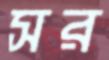
সর